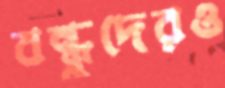
বন্ধুদেরও